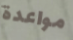
مواعدة